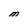
Character: M